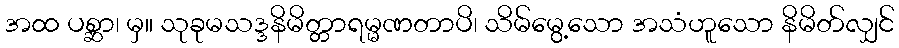
အထ ပစ္ဆာ၊ မှ။ သုခုမသဒ္ဒနိမိတ္တာရမ္မဏတာပိ၊ သိမ်မွေ့သော အသံဟူသော နိမိတ်လျှင်